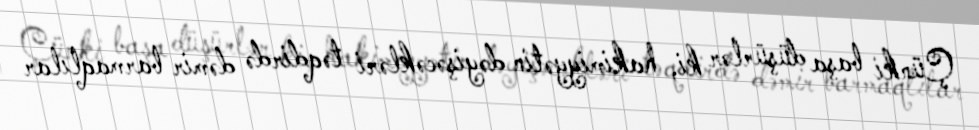
Çünki başa düşürlər ki, hakimiyyətin dəyişəcəkləri təqdirdə dəmir barmaqlılar